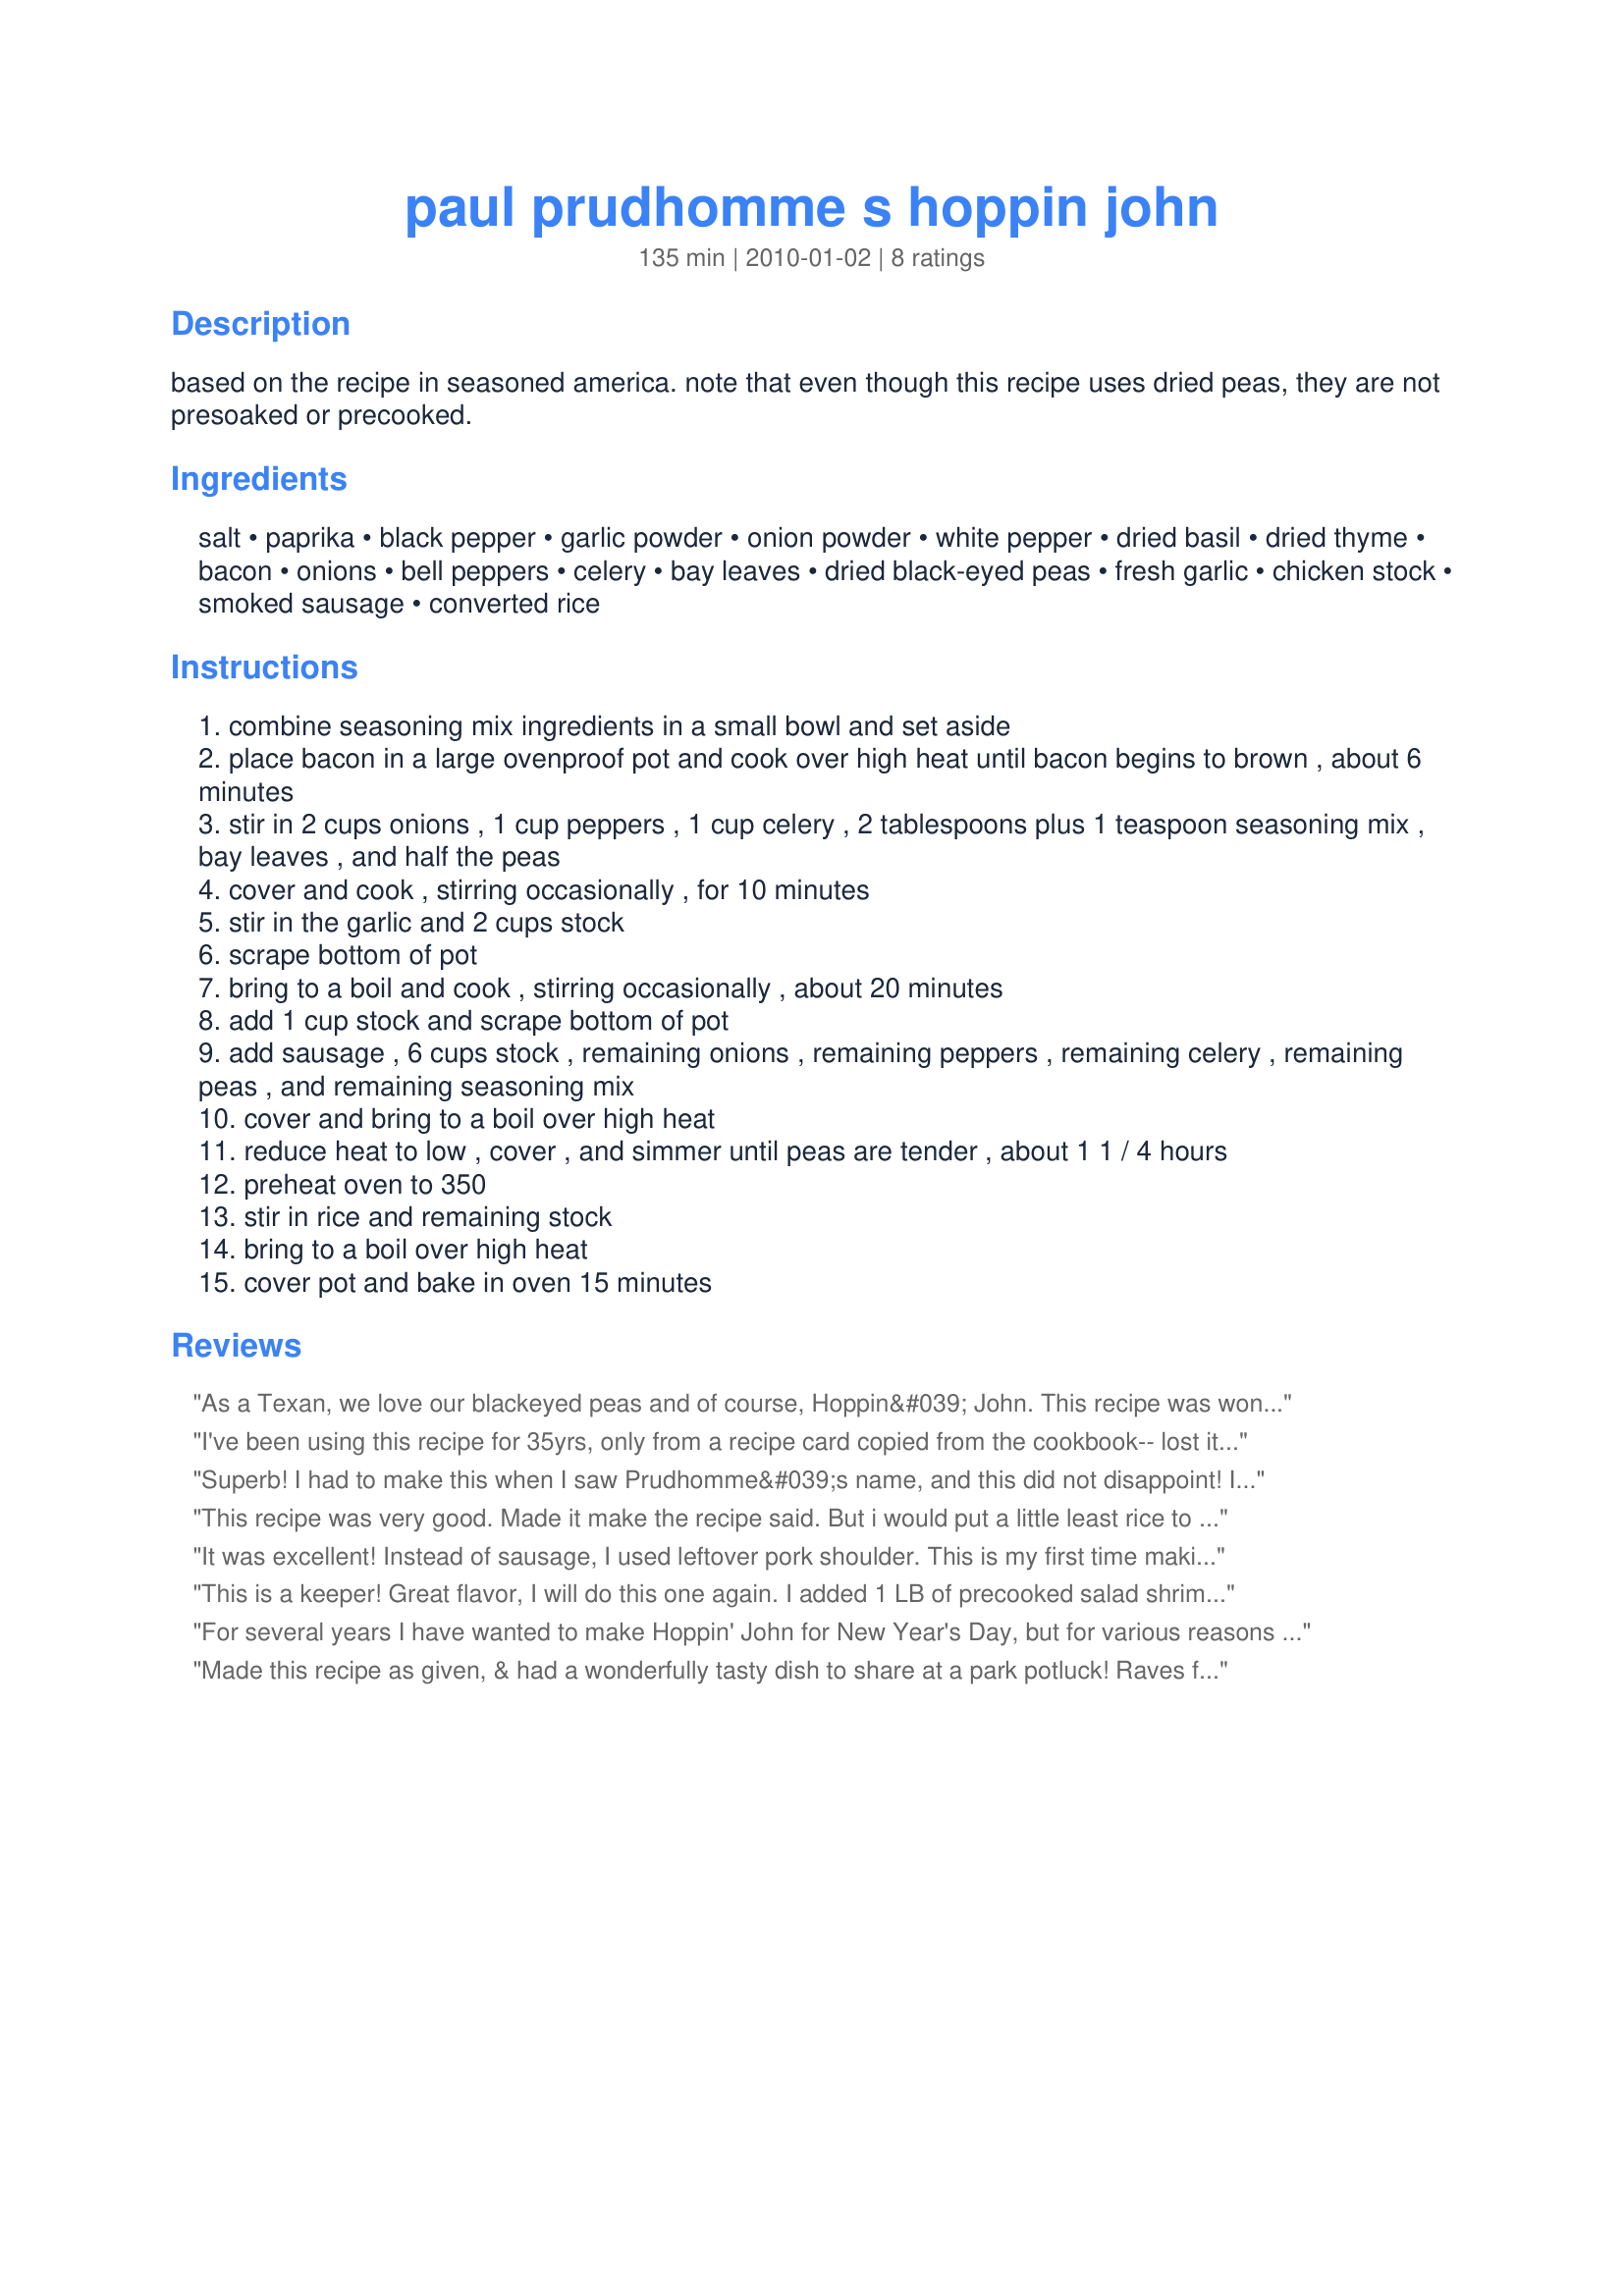
paul prudhomme s hoppin john
Preparation time: 135 minutes

based on the recipe in seasoned america. note that even though this recipe uses dried peas, they are not presoaked or precooked.

Ingredients:
salt, paprika, black pepper, garlic powder, onion powder, white pepper, dried basil, dried thyme, bacon, onions, bell peppers, celery, bay leaves, dried black-eyed peas, fresh garlic, chicken stock, smoked sausage, converted rice

Steps:
combine seasoning mix ingredients in a small bowl and set aside
place bacon in a large ovenproof pot and cook over high heat until bacon begins to brown , about 6 minutes
stir in 2 cups onions , 1 cup peppers , 1 cup celery , 2 tablespoons plus 1 teaspoon seasoning mix , bay leaves , and half the peas
cover and cook , stirring occasionally , for 10 minutes
stir in the garlic and 2 cups stock
scrape bottom of pot
bring to a boil and cook , stirring occasionally , about 20 minutes
add 1 cup stock and scrape bottom of pot
add sausage , 6 cups stock , remaining onions , remaining peppers , remaining celery , remaining peas , and remaining seasoning mix
cover and bring to a boil over high heat
reduce heat to low , cover , and simmer until peas are tender , about 1 1 / 4 hours
preheat oven to 350
stir in rice and remaining stock
bring to a boil over high heat
cover pot and bake in oven 15 minutes

Reviews:
As a Texan, we love our blackeyed peas and of course, Hoppin&#039; John. This recipe was wonderful and we truly enjoyed it. I used some &quot;hill country&quot; smoked sausage in this dish and we were in Heaven. Served this dish with sliced purple onion and some scallions. I&#039;ll definitely keep this recipe handy for our next New Year&#039;s Day celebration. Made for the 2014 Culinary Quest - A Tribute to the Onion.
I've been using this recipe for 35yrs, only from a recipe card copied from the cookbook-- lost it! Temporarily... I'm sure it will turn up. But even though I've made it several times a year, I searched online and thankfully it's here... the only thing that's different is baking it in the oven, so i'm here to tell you that isn't really necessary :D Just the slow simmer is good enough. Matter of fact, once everything is cooked, I just stir basmatic rice in and turn off the heat, and 15 minutes later it's finished. Also, I always use pimenton (smoked paprika) and it adds just a little extra. Also, we make it every year on NYEve for the luck factor for all our friends who party with us. ALSO, I have a friend who's allergic to chilli, and she was so blissed out to find that this spicy heaven is made with black and white pepper... begged for the recipe. The original recipe I had calls for andouille sausage, hard to find, so I've always used rookwurst for its lean character, or chorizo.
Superb! I had to make this when I saw Prudhomme&#039;s name, and this did not disappoint! It has the earthy taste without overkill on the sodium (although it has a LOT of sodium). I am happy to fit this into my weight loss diet: abundant fiber and some bacon and sausage to wake up my digestive system. Note that this freezes well, so make it on a day when you&#039;re willing to invest the time, and thaw it when you need serious comfort food! Made for 2014 Culinary Quest.
This recipe was very good. Made it make the recipe said. But i would put a little least rice to have some broth with it.
It was excellent! Instead of sausage, I used leftover pork shoulder. This is my first time making Hoppin' John, and I'm gonna add it to my regular rotation of meals.
This is a keeper! Great flavor, I will do this one again. <br/><br/>I added 1 LB of precooked salad shrimp about 5 minutes before it was done. <br/><br/>I prefer the salad shrimp because they are small; I don't like large chunks of shrimp because it makes the dish seem to be unprepared. <br/><br/>You want to add the shrimp a few minutes before the meal is done so the shrimp have time to warm-up to the correct temperature. You do not want to add the shrimp much earlier than five minutes before the meal comes out of the oven so as to avoid overcooking the shrimp.
For several years I have wanted to make Hoppin' John for New Year's Day, but for various reasons it never happened. This year I was determined to make it for NYD, so I checked out all the Hoppin' John recipes on this website and choose this recipe because of Paul Prudhomme. I am so glad I did; this recipe is fantastic! We loved it so much I made it again the following week. Thanks, Chocolati for posting this delicious recipe!
Made this recipe as given, & had a wonderfully tasty dish to share at a park potluck! Raves from everyone say this is definitely 5-star AND a keeper of a recipe! Thanks for sharing it! [Tagged & made in Please Review My Recipe]
